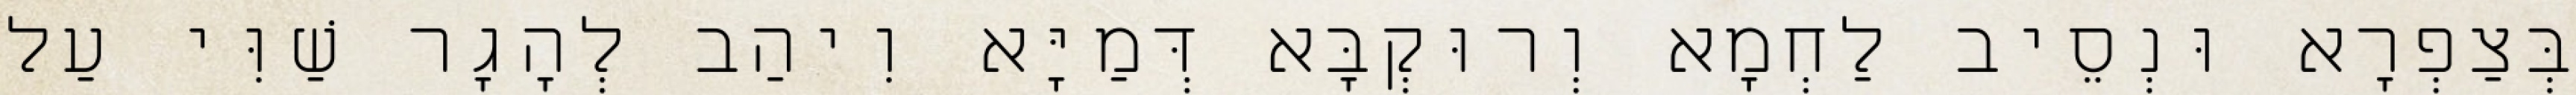
בְּצַפְרָא וּנְסֵיב לַחְמָא וְרוּקְבָּא דְּמַיָּא וִיהַב לְהָגָר שַׁוִּי עַל